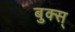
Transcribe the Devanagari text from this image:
बुक्स्